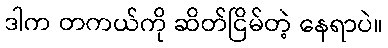
ဒါက တကယ်ကို ဆိတ်ငြိမ်တဲ့ နေရာပဲ။